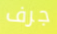
جرف